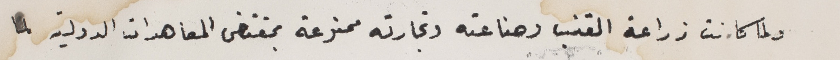
ولما كانت زراعة القنب وصناعته وتجارته ممنوعة بمقتضى المعاهدات الدولية لما